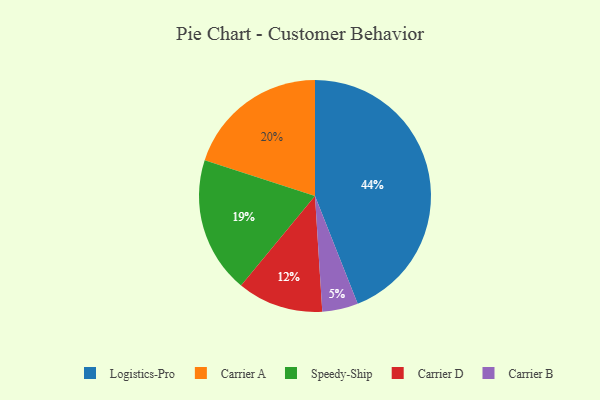
{"axis": {"x": "Category", "y": "Percentage"}, "legend": ["Carrier A", "Carrier B", "Carrier D", "Logistics-Pro", "Speedy-Ship"], "data": [{"x": "Carrier D", "y": 12, "type": "Carrier D"}, {"x": "Carrier A", "y": 20, "type": "Carrier A"}, {"x": "Speedy-Ship", "y": 19, "type": "Speedy-Ship"}, {"x": "Carrier B", "y": 5, "type": "Carrier B"}, {"x": "Logistics-Pro", "y": 44, "type": "Logistics-Pro"}]}